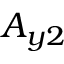
A _ { y 2 }